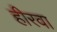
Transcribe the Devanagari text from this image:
हीरवा